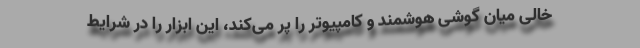
خالی میان گوشی هوشمند و کامپیوتر را پر می‌کند، این ابزار را در شرایط